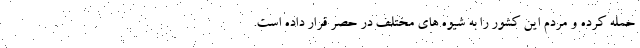
حمله کرده و مردم این کشور را به شیوه های مختلف در حصر قرار داده است.